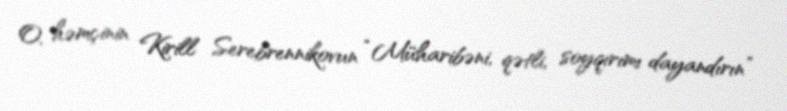
O, həmçinin Kirill Serebrennikovun “Müharibəni, qətli, soyqırımı dayandırın”